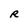
Character: R